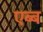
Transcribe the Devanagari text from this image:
एब्ब